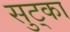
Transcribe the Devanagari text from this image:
सुट्का